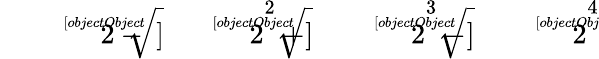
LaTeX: {\sqrt[[objectObject]]{2}}-{\sqrt[[objectObject]]{2}}^{2}+{\sqrt[[objectObject]]{2}}^{3}-{\sqrt[[objectObject]]{2}}^{4}